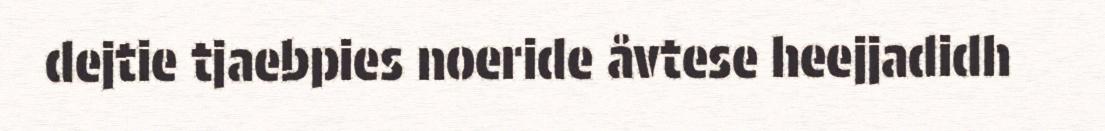
dejtie tjaebpies noeride åvtese heejjadidh